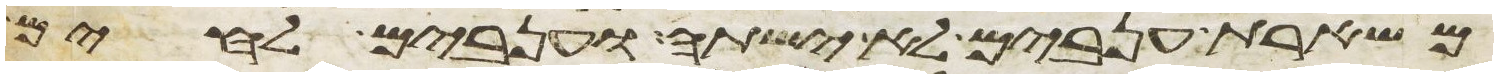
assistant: משארת ענבים לא ישתה וענבים לחים